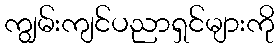
ကျွမ်းကျင်ပညာရှင်များကို